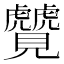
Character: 𬢆